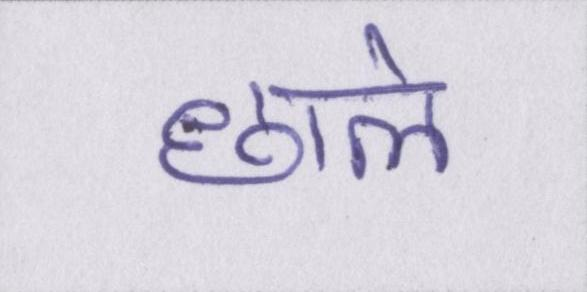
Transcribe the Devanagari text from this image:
छाले